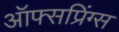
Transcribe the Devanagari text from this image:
ऑफ्सप्रिंग्स